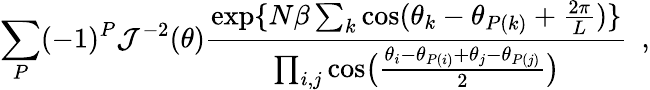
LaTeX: \sum_{P}(-1)^{P}{\cal J}^{-2}(\theta){\frac{\exp\{ N\beta\sum_{k}\cos(\theta_{k}-\theta_{P(k)}+{\frac{2\pi}{L}})\} }{\prod_{i,j}\cos\bigl({\frac{\theta_{i}-\theta_{P(i)}+\theta_{j}-\theta_{P(j)}}{2}}\bigr)}}~~,